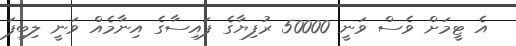
އެ ޓީމަށް ވެސް ވަނީ 50000 ރުފިޔާގެ ފައިސާގެ އިނާމެއް ވަނީ ލިބިފަ